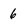
Character: 6